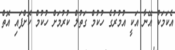
އެކަމަކު އޭނާ އަކީ އުމުރުގެ ހުކުމް ގަތުލް ކުރުމަށް ހުކުމް ކޮށްފައި އޮތް